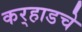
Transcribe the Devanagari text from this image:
कर्‍हाडचे